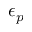
\epsilon _ { p }